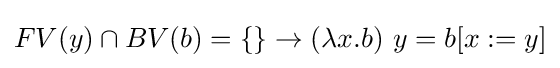
FV(y)\cap BV(b)=\{\}\to (\lambda x.b)\ y=b[x:=y]